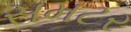
સમટર